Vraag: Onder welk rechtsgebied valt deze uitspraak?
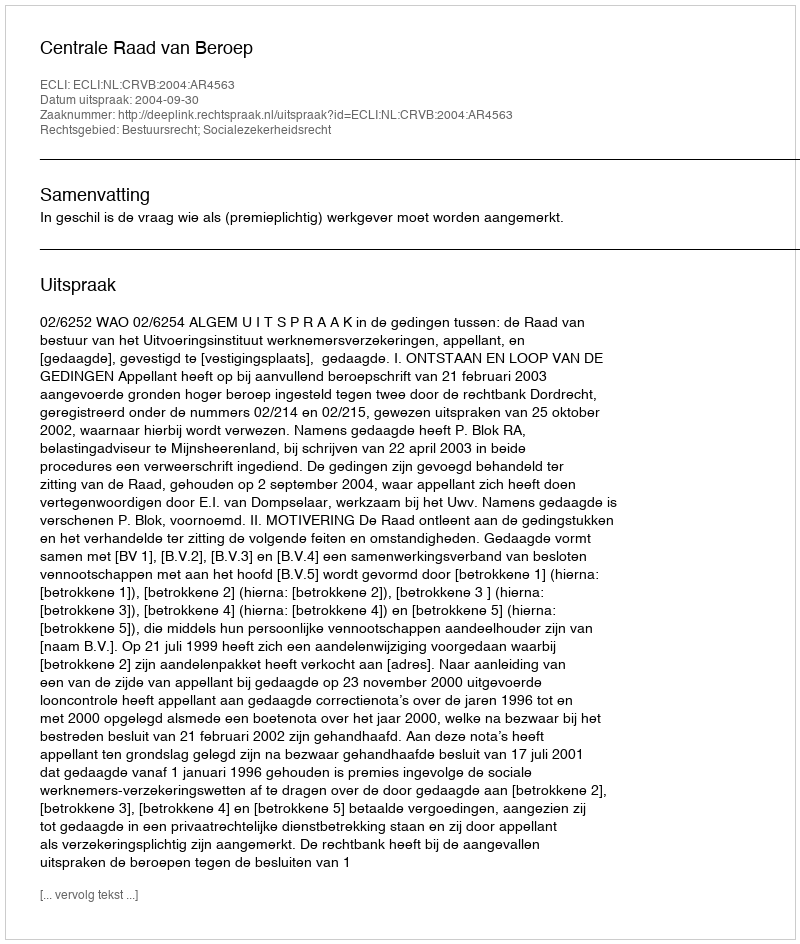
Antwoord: Bestuursrecht; Socialezekerheidsrecht